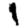
Digit: 1